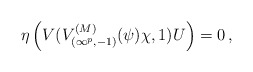
\begin{align*}\eta\left(V(V_{(\infty^p,-1)}^{(M)}(\psi)\chi,1) U\right)=0 \,,\end{align*}